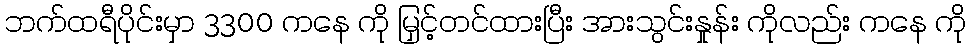
ဘက်ထရီပိုင်းမှာ 3300 ကနေ ကို မြှင့်တင်ထားပြီး အားသွင်းနှုန်း ကိုလည်း ကနေ ကို